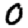
Digit: 0